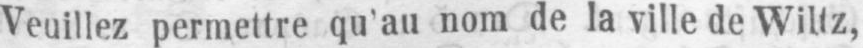
Veuillez permettre qu’au nom de la ville de Wiltz,